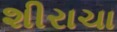
શીરાચા